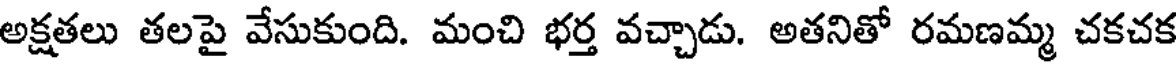
అక్షతలు తలపై వేసుకుంది. మంచి భర్త వచ్చాడు. అతనితో రమణమ్మ చకచక